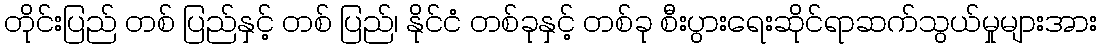
တိုင်းပြည် တစ် ပြည်နှင့် တစ် ပြည်၊ နိုင်ငံ တစ်ခုနှင့် တစ်ခု စီးပွားရေးဆိုင်ရာဆက်သွယ်မှုများအား